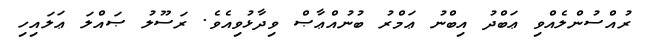
ރުއްސުންލެއްވި ޢަބްދު އިބްނު ޢަމްރު ބުނުއްޢާޞް ވިދާޅުވިއެވެ. ރަސޫލު ޞައްލަ ޢަލައިހި